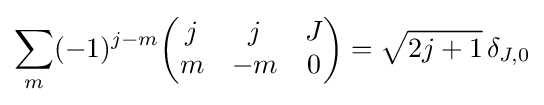
\sum _{m}(-1)^{j-m}{\begin{pmatrix}j&j&J\\m&-m&0\end{pmatrix}}={\sqrt {2j+1}}\,\delta _{J,0}